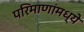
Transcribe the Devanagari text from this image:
परिमाणांमध्ये